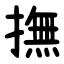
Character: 撫